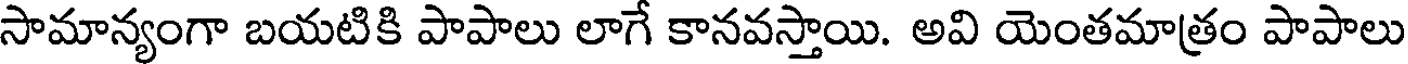
సామాన్యంగా బయటికి పాపాలు లాగే కానవస్తాయి. అవి యెంతమాత్రం పాపాలు